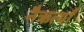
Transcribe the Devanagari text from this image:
नैऋर्त्यां